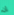
إن